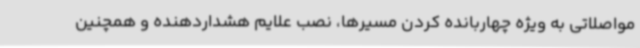
مواصلاتی به ویژه چهاربانده کردن مسیرها، نصب علایم هشداردهنده و همچنین